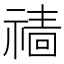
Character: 𱵢